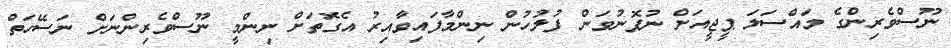
ނޫސްވެރިންގެ މައްސަލަ ޕީޖީއަށް ނުފޮނުވަން ފުލުހުން ނިންމާފައިވާއިރު އެގޮތަށް ނިންމީ ނޫސްވެރިންނަށް ނަސޭހަތް